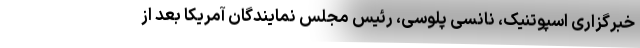
خبرگزاری اسپوتنیک، نانسی پلوسی، رئیس مجلس نمایندگان آمریکا بعد از